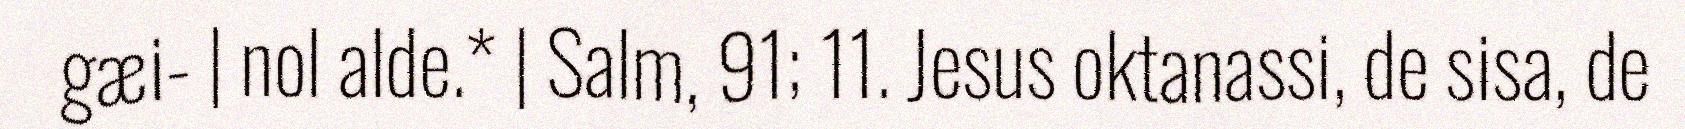
gæi- | nol alde.* | Salm, 91; 11. Jesus oktanassi, de sisa, de